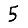
Digit: 5